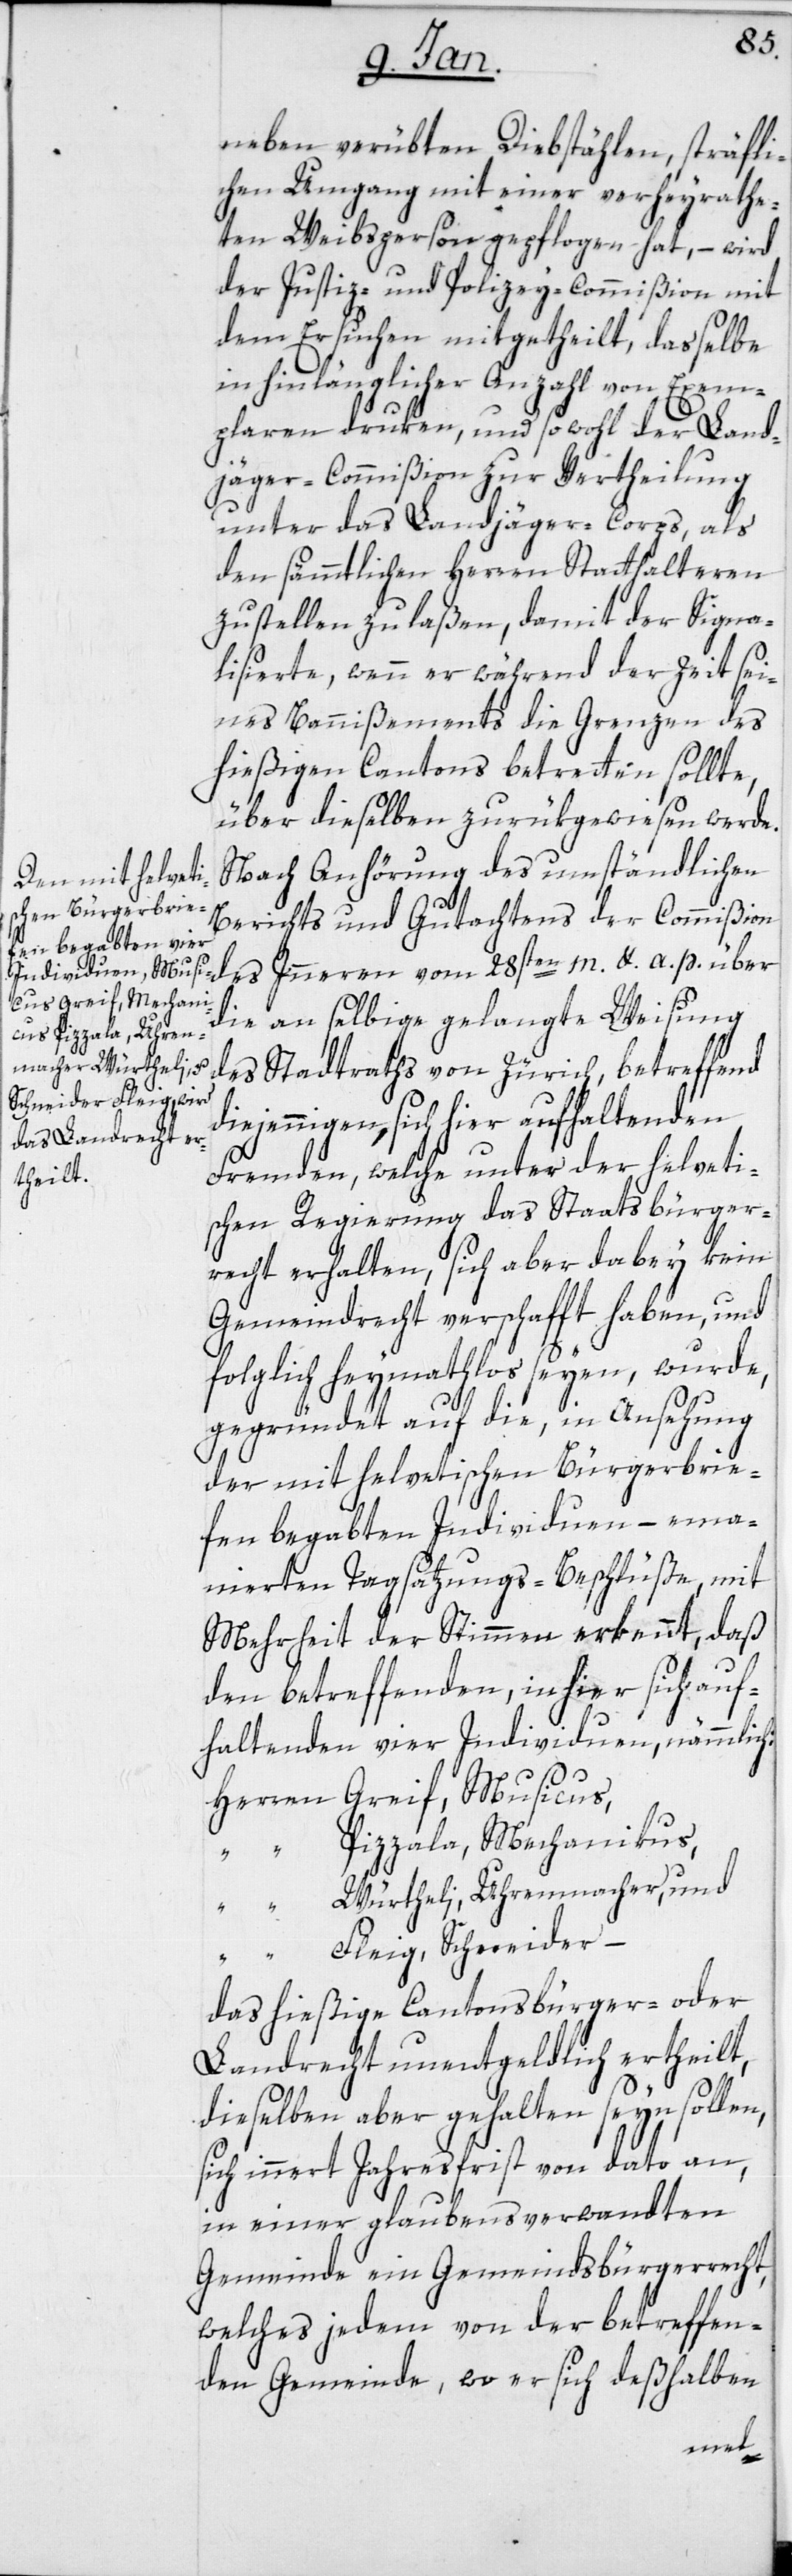
neben verübten Diebstählen, sträfli¬
chen Umgang mit einer verheyrathe¬
ten Weibsperson gepflogen hat, – wird
der Justiz- und Polizey-Commißion mit
dem Ersuchen mitgetheilt, dasselbe
in hinlänglicher Anzahl von Exem¬
plaren druken, und sowohl der Land¬
jäger-Commißion zur Vertheilung
unter das Landjäger-Corps, als
den sämmtlichen Herren Statthalteren
zustellen zu laßen, damit der Signa¬
lisierte, wenn er während der Zeit sei¬
nes Bannißements die Grenzen des
hießigen Cantons betretten sollte,
über dieselben zurükgewiesen werde.
Nach Anhörung des umständlichen
p.
Berichts und Gutachtens der Commißion
die an selbige gelangte Weisung
des Stadtraths von Zürich, betreffend
diejenigen, sich hier aufhaltenden
Fremden, welche unter der helveti¬
schen Regierung das Staatsbürger¬
recht erhalten, sich aber dabey kein
Gemeindrecht verschafft haben, und
folglich heymathlos seyen, wurde,
gegründet auf die, in Ansehung
der mit helvetischen Bürgerbrie¬
fen begabten Individuen, – ema¬
nierten Tagsatzungs-Beschlüße, mit
Mehrheit der Stimmen erkennt, daß
den betreffenden, in hier sich auf¬
haltenden vier Individuen, nämmlich:
Herren Greif, Musicus,
“ Pizzala, Mechanikus,
Würtheli, Uhrenmacher, und
Herren Fleig, Schneider –
das hießige Cantonsbüger- oder
Landrecht unentgeldlich ertheilt,
dieselben aber gehalten seyn sollen,
sich innert Jahresfrist von dato an,
in einer glaubensverwandten
Gemeinde ein Gemeindsbürgerrecht,
welches jedem von der betreffen¬
den Gemeinde, wo er sich deßhalben